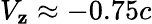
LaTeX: V_{\mathbf{z}}\approx-0.75c